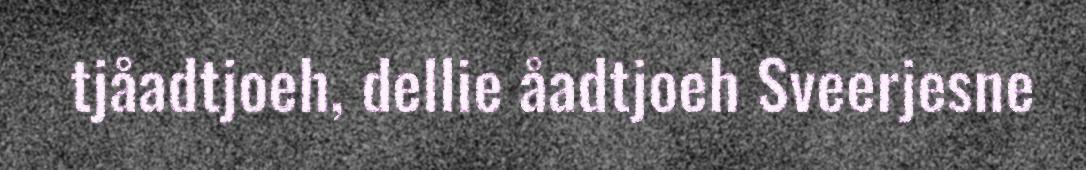
tjåadtjoeh, dellie åadtjoeh Sveerjesne